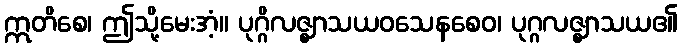
ဣတိစေ၊ ဤသို့မေးအံ့။ ပုဂ္ဂိလဇ္ဈာသယဝသေနစေဝ၊ ပုဂ္ဂလဇ္ဈာသယ၏